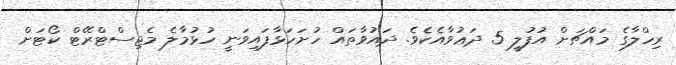
ރިހްލާގެ މައްޗަށް އުފުލީ 5 ދަޢުވާއެކެވެ. ދައުވާތައް ހުށަހަޅާފައިވަނީ ހުޅުމާލެ މެޖިސްޓްރޭޓް ކޯޓަށް